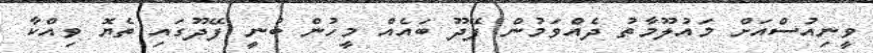
ވީނިއުސްއަށް މައުލޫމާތު ދެއްވަމުން ފޭދޫ ބައެއް މީހުން ބުނީ ފޭދޫގައި ތެޔޮ ވިއްކާ